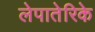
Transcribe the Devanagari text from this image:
लेपातेरिके